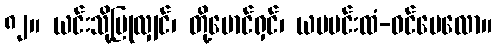
၈၂။ ယင်းသို့ပြုလျှင်၊ တို့မောင်ရှင်၊ ယမမင်းထံ-ဝင်ပေလော။